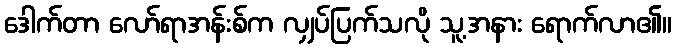
ဒေါက်တာ လော်ရာအန်းစ်က လျှပ်ပြက်သလို သူ့အနား ရောက်လာ၏။